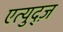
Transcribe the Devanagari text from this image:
एत्युद्ज़